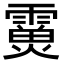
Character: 𩅊